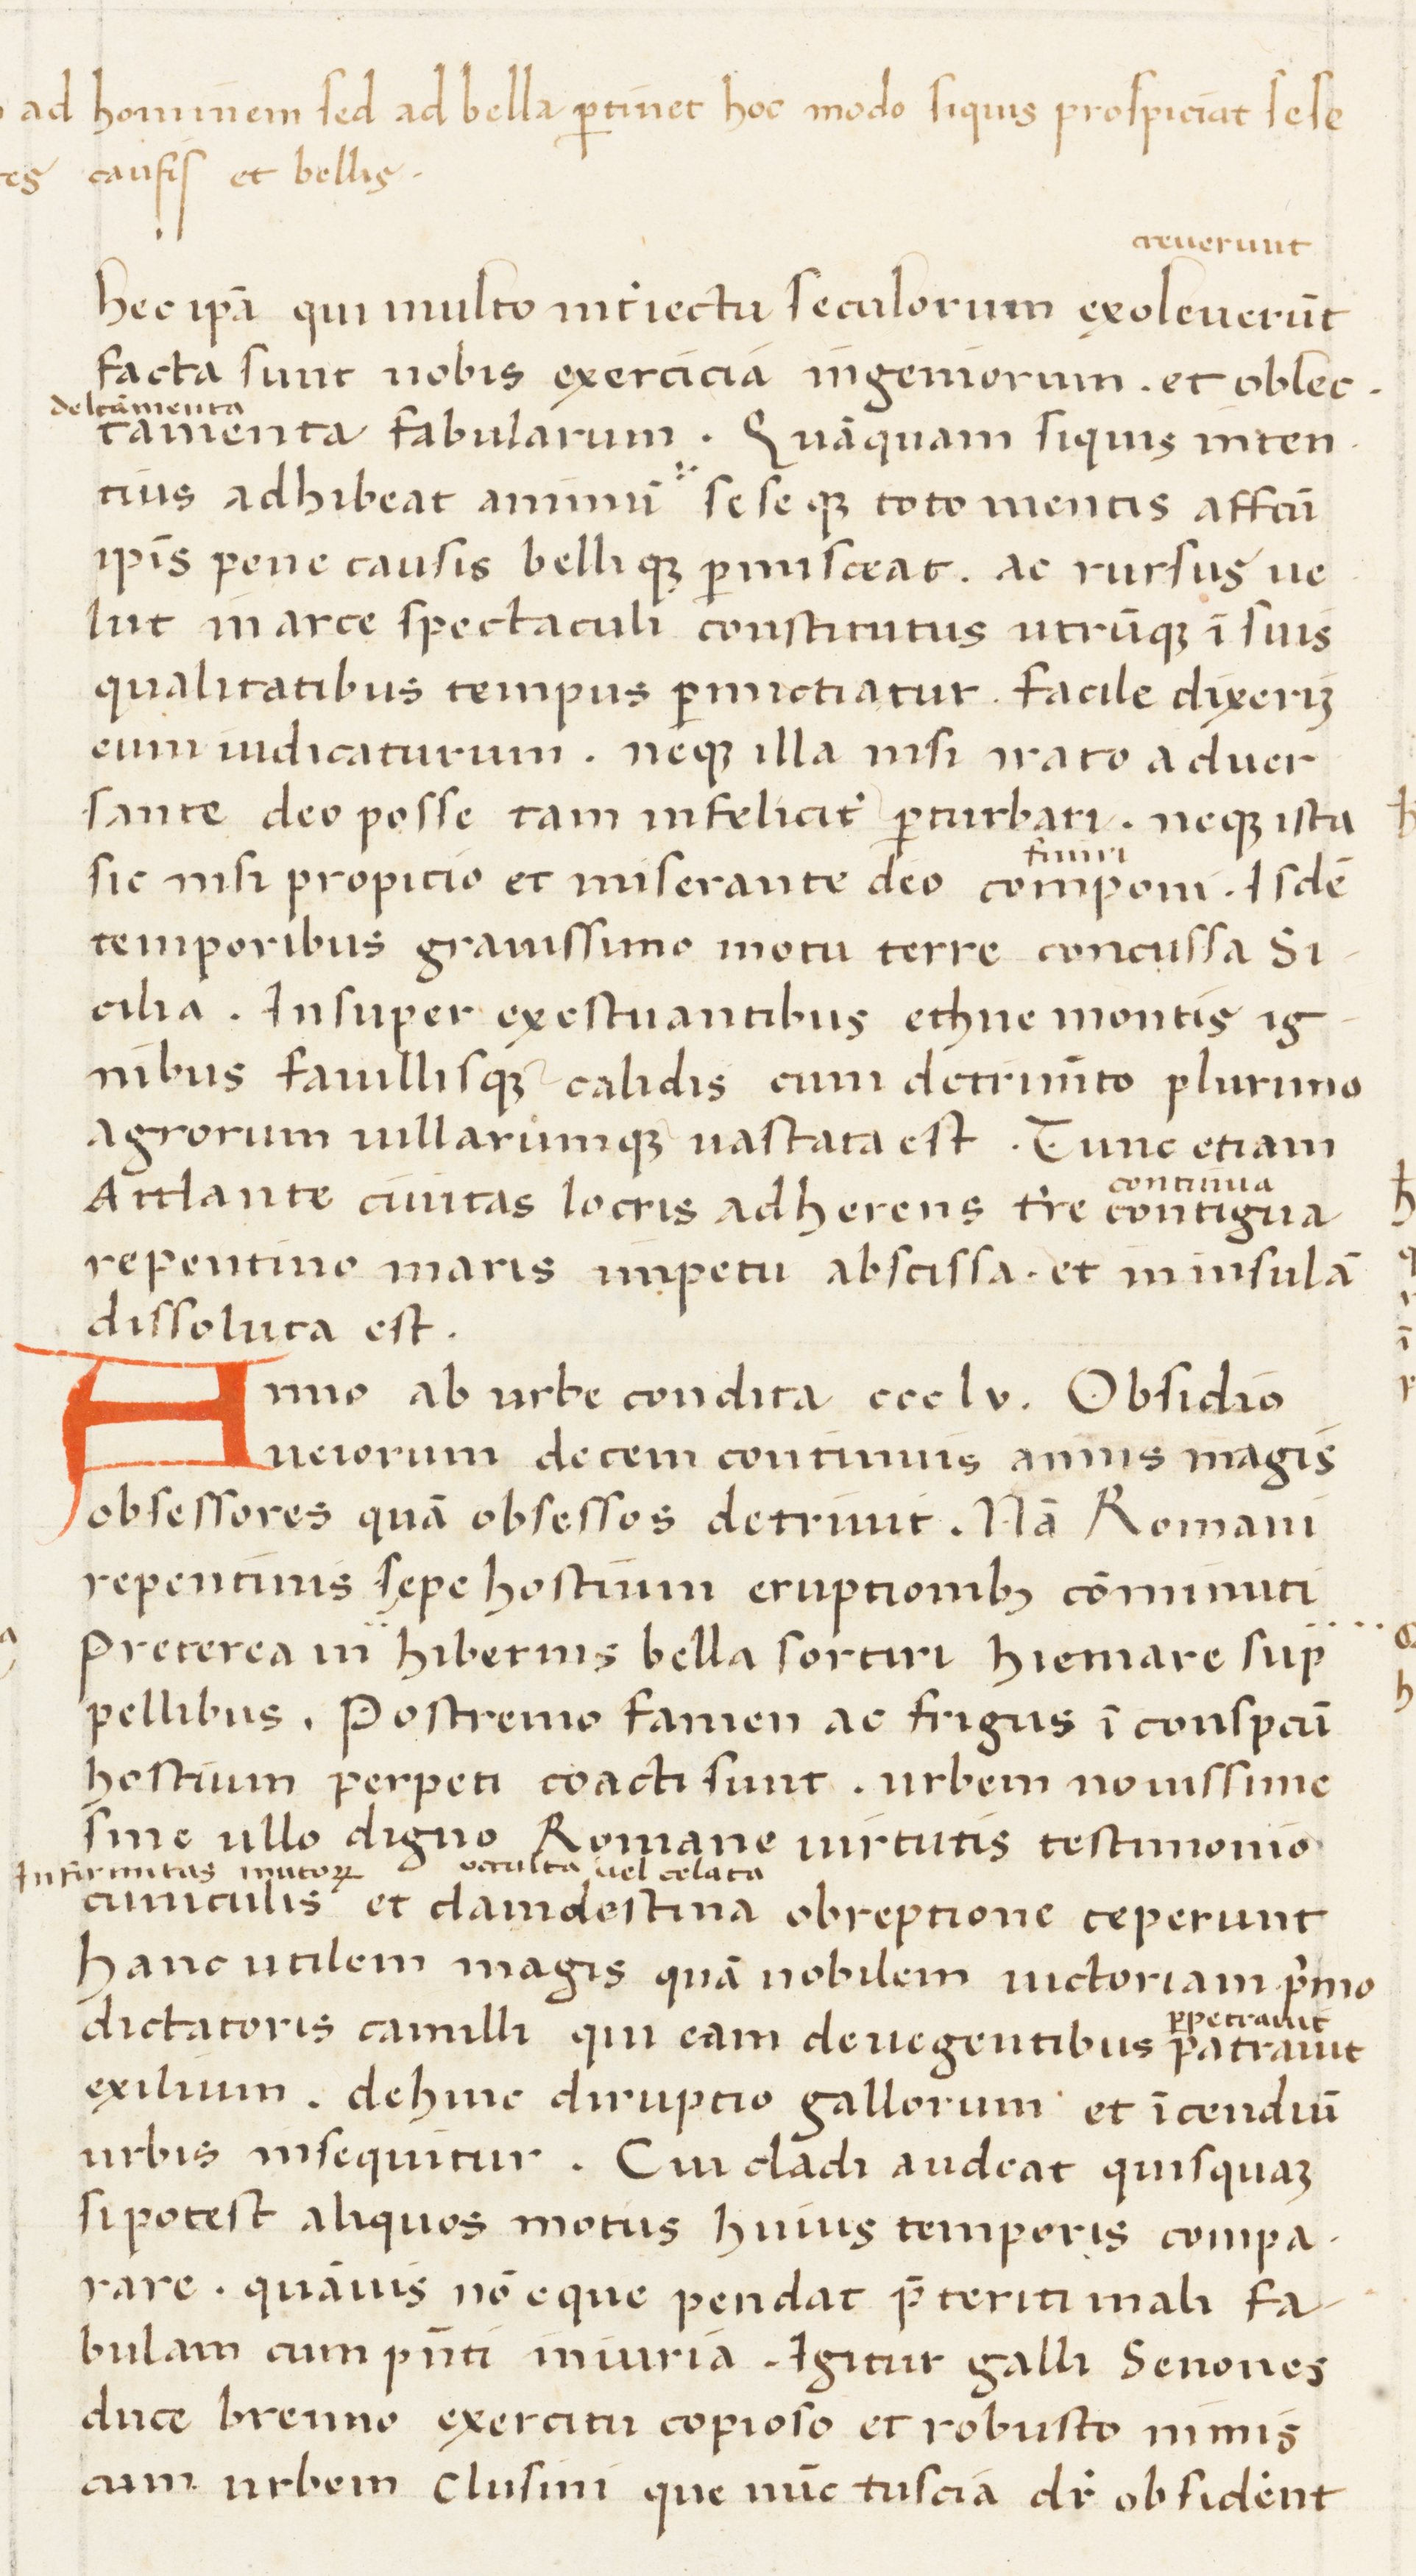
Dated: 1400–1599